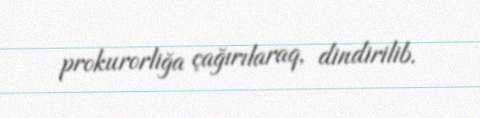
prokurorliğa çağırılaraq, dindirilib.